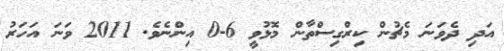
އަދި ދެވަނަ މެޗުން ކިރްގިސްތާން މޮޅުވީ 6-0 އިންނެވެ. 2011 ވަނަ އަހަރު